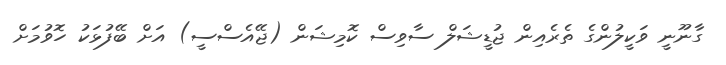
ގާނޫނީ ވަކީލުންގެ ތެރެއިން ޖުޑީޝަލް ސާވިސް ކޮމިޝަން (ޖޭއެސްސީ) އަށް ބޭފުޅަކު ހޮވުމަށް